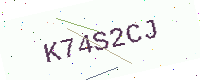
Text: K74S2CJ